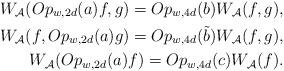
LaTeX: \begin{align*}W_\mathcal{A}(Op_{w,2d}(a)f,g)=Op_{w,4d}(b)W_\mathcal{A}(f,g),\\W_\mathcal{A}(f,Op_{w,2d}(a)g)=Op_{w,4d}(\tilde b)W_\mathcal{A}(f,g),\\W_\mathcal{A}(Op_{w,2d}(a)f)=Op_{w,4d}(c)W_\mathcal{A}(f). \end{align*}